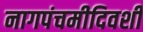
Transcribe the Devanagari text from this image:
नागपंचमीदिवशी